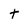
Character: t